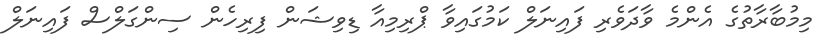
މިމުބާރާތުގެ އެންމެ ވާދަވެރި ފައިނަލް ކަމުގައިވާ ޕްރިމިއާ ޑިވިޝަން ފިރިހެން ސިންގަލްސް ފައިނަލް